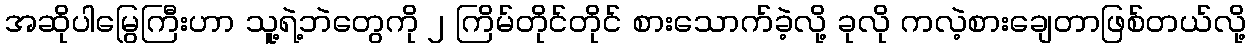
အဆိုပါမြွေကြီးဟာ သူ့ရဲ့ဘဲတွေကို ၂ ကြိမ်တိုင်တိုင် စားသောက်ခဲ့လို့ ခုလို ကလဲ့စားချေတာဖြစ်တယ်လို့